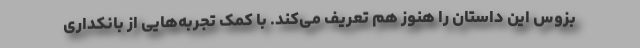
بزوس این داستان را هنوز هم تعریف می‌کند. با کمک تجربه‌هایی از بانکداری